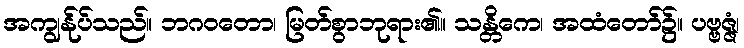
အကျွန်ုပ်သည်။ ဘဂဝတော၊ မြတ်စွာဘုရား၏။ သန္တိကေ၊ အထံတော်၌။ ပဗ္ဗဇ္ဇံ၊